Report on vaccination in Madras 1922-1929 - 1922-1929
Year: 1922
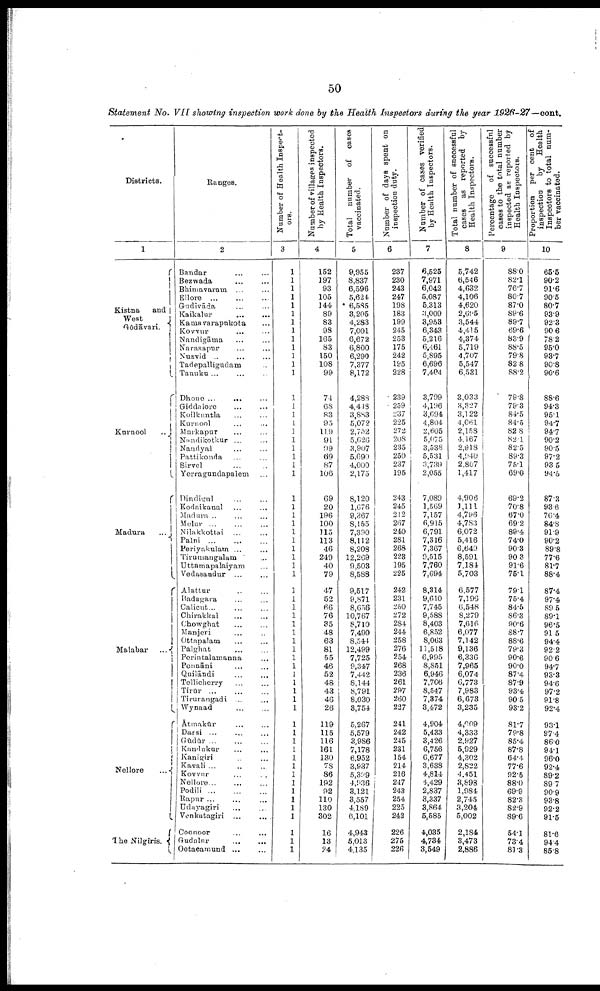
50
Statement No. VII showing inspection work done by the Health Inspectors during the year 1926-27—cont.
Districts.
1
Kistna and
West
Gōdāvari.
Kurnool
...
Madura
...
Malabar
...
Nellore
...
The Nilgiris.
Ranges.
2
Bandar ... ...
Bezwada ... ...
Bhimavaram ...
Ellore
...
...
...
Gudivāda ... ...
Kaikalur ... ...
Kamavarapukota ... ...
Kovvur ... ...
Nandigātma ... ...
Narasapur ... ...
Nuzvid ... ... ...
Tadepalligudam ...
Tanuku ... ... ...
Dhono ... ... ...
Giddalore
...
...
Koilkuntla ... ...
Kurnool ... ...
Markapur ... ...
Nandikotkur
...
...
Nandyal ... ...
Pattikonda ... ...
Sirvel ... ...
Yerragundapalem ...
Dindigul ... ...
Kodaikanal ... ...
Madura ..
Melur ... ... ...
Nilakkottai ... ...
Palni
...
...
...
Periyakulam ... ...
Tirumangalam ...
Uttamapalaiyam ...
Vedasandur ... ...
Alattur ... ...
Badagara ... ...
Calicut ... ... ...
Chirakkal ... ...
Chowghat ... ...
Manjeri ... ...
Ottapalam ... ...
Palghat
...
...
Porintalamanna ...
Pennāni ... ...
Quilāndi ... ...
Tellicherry ... ...
Tirūr
...
...
...
Tirurangadi ... ...
Wynaad ... ...
Ātmakur ... ...
Darsi ... ... ...
Gūdūr
...
...
...
Kandukur ... ...
Kanigiri ... ...
Kavali ... ... ...
Kovvur ... ...
Nellore... ... ...
Podili
...
...
...
Rapur ... ... ...
Udayagiri ... ...
Venkutagiri
...
...
Coonoor ... ...
Gudalur
...
...
Ootacamund ... ...
Number of Health Inspect
ors.
3
1
1
1
1
1
1
1
1
1
1
1
1
1
1
1
1
1
1
1
1
1
1
1
1
1
1
1
1
1
1
1
1
1
1
1
1
1
1
1
1
1
1
1
1
1
1
1
1
1
1
1
1
1
1
1
1
1
1
1
1
1
1
1
Number of villages inspected
by Health Inspectors.
4
152
197
93
105
144
89
83
98
165
83
150
108
99
74
68
83
95
119
91
99
69
87
106
69
20
196
100
115
113
46
249
40
79
47
52
66
76
35
48
63
81
55
46
52
48
43
46
26
119
115
116
161
130
78
86
192
92
110
130
302
16
13
24
Total
number of cases
vaccinated.
5
9,955
8,837
6,596
5,624
6,585
3,205
4,283
7,001
6,672
6,800
6,290
7,377
8,172
4,283
4,448
3,833
5,072
2,752
5,626
3,907
5,690
4,000
2,175
8,120
1,676
9,367
8,155
7,390
8,112
8,208
12,269
9,503
8,588
9,517
9,871
8,656
10,767
8,710
7,490
8,544
12,499
7,725
9,347
7,442
8,144
8,791
8,030
3,754
5,267
5,579
3,986
7,178
6,952
3,937
5,339
4,936
3,121
3,557
4,189
6,101
4,943
5,013
4,135
Number of days spent on
inspection duty.
6
237
230
243
247
198
183
199
245
253
175
242
195
228
239
259
237
225
272
208
235
250
237
195
243
245
212
267
240
281
268
223
195
225
242
231
250
272
284
244
258
276
254
268
236
261
297
260
227
241
242
245
231
154
214
216
247
243
254
225
242
226
275
226
Number of cases verified
by Health Inspectors.
7
6,525
7,971
6,042
5,087
5,313
3,009
3,953
6,343
5,216
6,461
5,895
6,696
7,404
3,799
4,196
3,694
4,804
2,605
5,075
3,538
5,531
3,739
2,055
7,089
1,569
7,157
6,915
6,791
7,316
7,367
9,515
7,760
7,694
8,314
9,610
7,745
9,588
8,403
6,852
8,063
11,518
6,995
8,851
6,946
7,706
8,547
7,374
3,472
4,904
5,433
3,426
6,756
6,677
3,638
4,814
4,429
2,837
3,337
3,864
5,585
4,035
4,734
3,549
Total number of successful
cases
as reported by
Health Inspectors.
8
5,742
6,546
4,632
4,106
4,620
2,695
3,544
4,415
4,374
5,719
4,707
5,547
6,531
3,033
3,327
3,122
4,061
2,158
4,167
2,918
4,940
2,807
1,417
4,908
1,111
4,796
4,783
6,072
5,416
6,649
8,591
7,181
5,703
6,577
7,196
6,548
8,279
7,616
6,077
7,142
9,136
6,336
7,965
6,074
6,773
7,983
6,673
3,235
4,009
4,333
2,927
5,929
4,302
2,822
4,451
3,898
1,984
2,745
3,204
5,002
2,184
3,473
2,886
Percentage
of successful
cases to the total number
inspected as reported by
Health Inspectors.
9
88.0
82.1
76.7
80.7
87.0
89.6
89.7
69.6
83.9
88.5
79.8
82.8
88.2
79.8
79.3
84.5
84.5
82.8
82.1
82.5
89.3
75.1
69.0
69.2
70.8
67.0
69.2
89.4
74.0
90.3
90.3
91.6
75.1
79.1
75.4
84.5
86.3
90.6
88.7
88.6
79.3
90.6
90.0
87 4
87.9
93.4
90.5
93.2
81.7
79.8
85.4
87.8
64.4
77.6
92.5
88.0
69.9
82.3
82.9
89.6
54.1
73.4
81.3
Proportion
per cent of
inspection
by Health
Inspectors to total num
ber vaccinated.
10
65.5
90.2
91.6
90.5
80.7
93.9
92.3
90.6
78.2
95.0
93.7
90.8
90.6
88.6
94.3
95.1
94.7
94.7
90.2
90.5
97.2
93.5
94.5
87.3
93.6
76.4
84.8
91.9
90.2
89.8
77.6
81.7
88.4
87.4
97.4
89.5
89.1
96.5
91.5
94.4
92.2
90.6
94.7
93.3
94.6
97.2
91.8
92.4
93.1
97.4
86.0
94.1
96.0
92.4
89.2
89.7
90.9
93.8
92.2
91.5
81.6
94.4
85.8